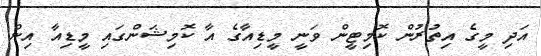
އަދި މީގެ އިތުރުން ކޮމިޓީން ވަނީ މީޑިއާގެ އާ ކޮމިޝަންގައި މީޑިއާ އިން